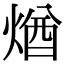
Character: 煪